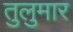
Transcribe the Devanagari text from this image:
तुलुमार